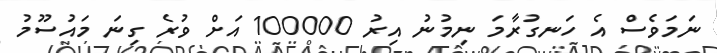
ނަމަވެސް އެ ހަނގުރާމަ ނިމުނު އިރު 100000 އަށް ވުރެ ގިނަ މައުސޫމު